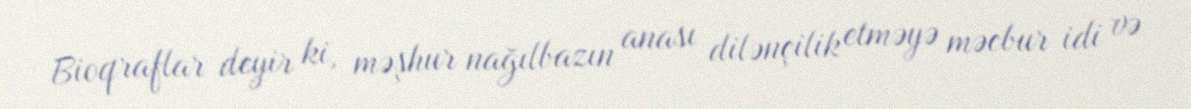
Bioqraflar deyir ki, məşhur nağılbazın anası dilənçilik etməyə məcbur idi və